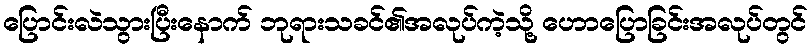
ပြောင်းလဲသွားပြီးနောက် ဘုရားသခင်၏အလုပ်ကဲ့သို့ ဟောပြောခြင်းအလုပ်တွင်